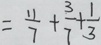
= \frac { 1 1 } { 7 } + \frac { 3 } { 7 } + \frac { 1 } { 3 }